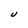
Character: U